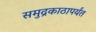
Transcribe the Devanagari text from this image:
समुद्रकाठापर्यंत